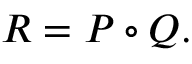
R = P \circ Q .